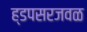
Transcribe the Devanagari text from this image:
ह्डपसरजवळ